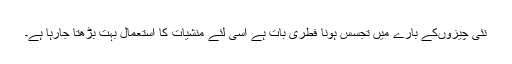
نئی چیزوںکے بارے میں تجسس ہونا فطری بات ہے اسی لئے منشیات کا استعمال بہت بڑھتا جارہا ہے۔